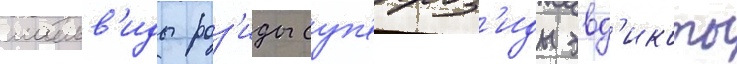
мальв'иды роз'иды суп'ерроз'иды эвд'икоты